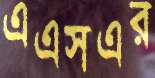
এএসএর